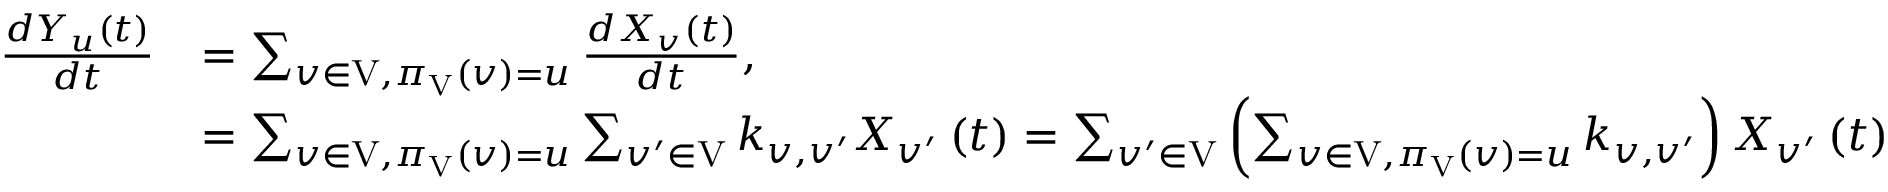
\begin{array} { r l } { \frac { d Y _ { u } \left( t \right) } { d t } } & { = \sum _ { v \in \mathrm { V } , \pi _ { \mathrm { V } } \left( v \right) = u } \frac { d X _ { v } \left( t \right) } { d t } , } \\ & { = \sum _ { v \in \mathrm { V } , \pi _ { \mathrm { V } } \left( v \right) = u } \sum _ { v ^ { \prime } \in \mathrm { V } } k _ { v , v ^ { \prime } } X _ { v ^ { \prime } } \left( t \right) = \sum _ { v ^ { \prime } \in \mathrm { V } } \left( \sum _ { v \in \mathrm { V } , \pi _ { \mathrm { V } } \left( v \right) = u } k _ { v , v ^ { \prime } } \right) X _ { v ^ { \prime } } \left( t \right) } \end{array}